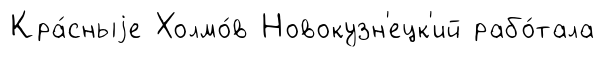
Кра́сныjе Холмо́в Новокузн'ецк'ий рабо́тала